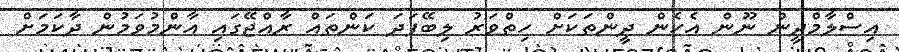
އިސްލާމްދީން ނޫން އެހެން ދީންތަކަށް ހިތްވަރު ލިބޭފަދަ ކަންތައް ރާއްޖޭގައި އާންމުވަމުން ދާކަމަށް